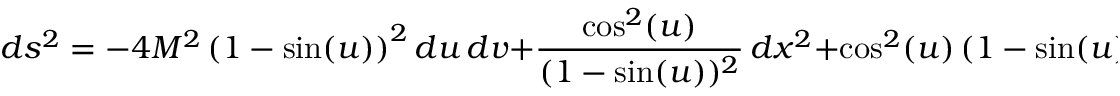
d s ^ { 2 } = - 4 M ^ { 2 } \, { { \left( 1 - \sin ( u ) \right) } ^ { 2 } } \, d u \, d v + { \frac { \cos ^ { 2 } ( u ) } { { ( 1 - \sin ( u ) } ) ^ { 2 } } } \, d x ^ { 2 } + { { { \cos ^ { 2 } ( u ) } } \, { \left( 1 - \sin ( u ) \right) } ^ { 2 } } \, d y ^ { 2 } .